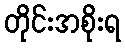
တိုင်းအစိုးရ